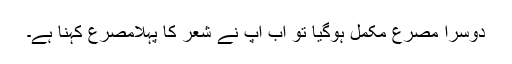
دوسرا مصرع مکمل ہوگیا تو اب آپ نے شعر کا پہلامصرع کہنا ہے۔